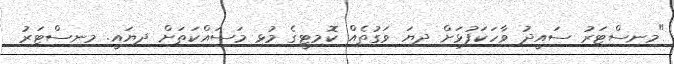
"މިނިސްޓަރު ސައީދު ވާހަކަފުޅަށް ދިޔަ ވަގުތެއް ކޮމިޓީގެ މުޅި މަަސައްކަތަށް ދިޔައީ. މިނިސްޓަރު